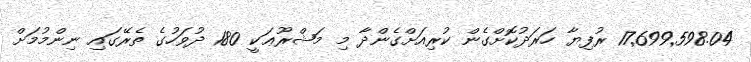
17